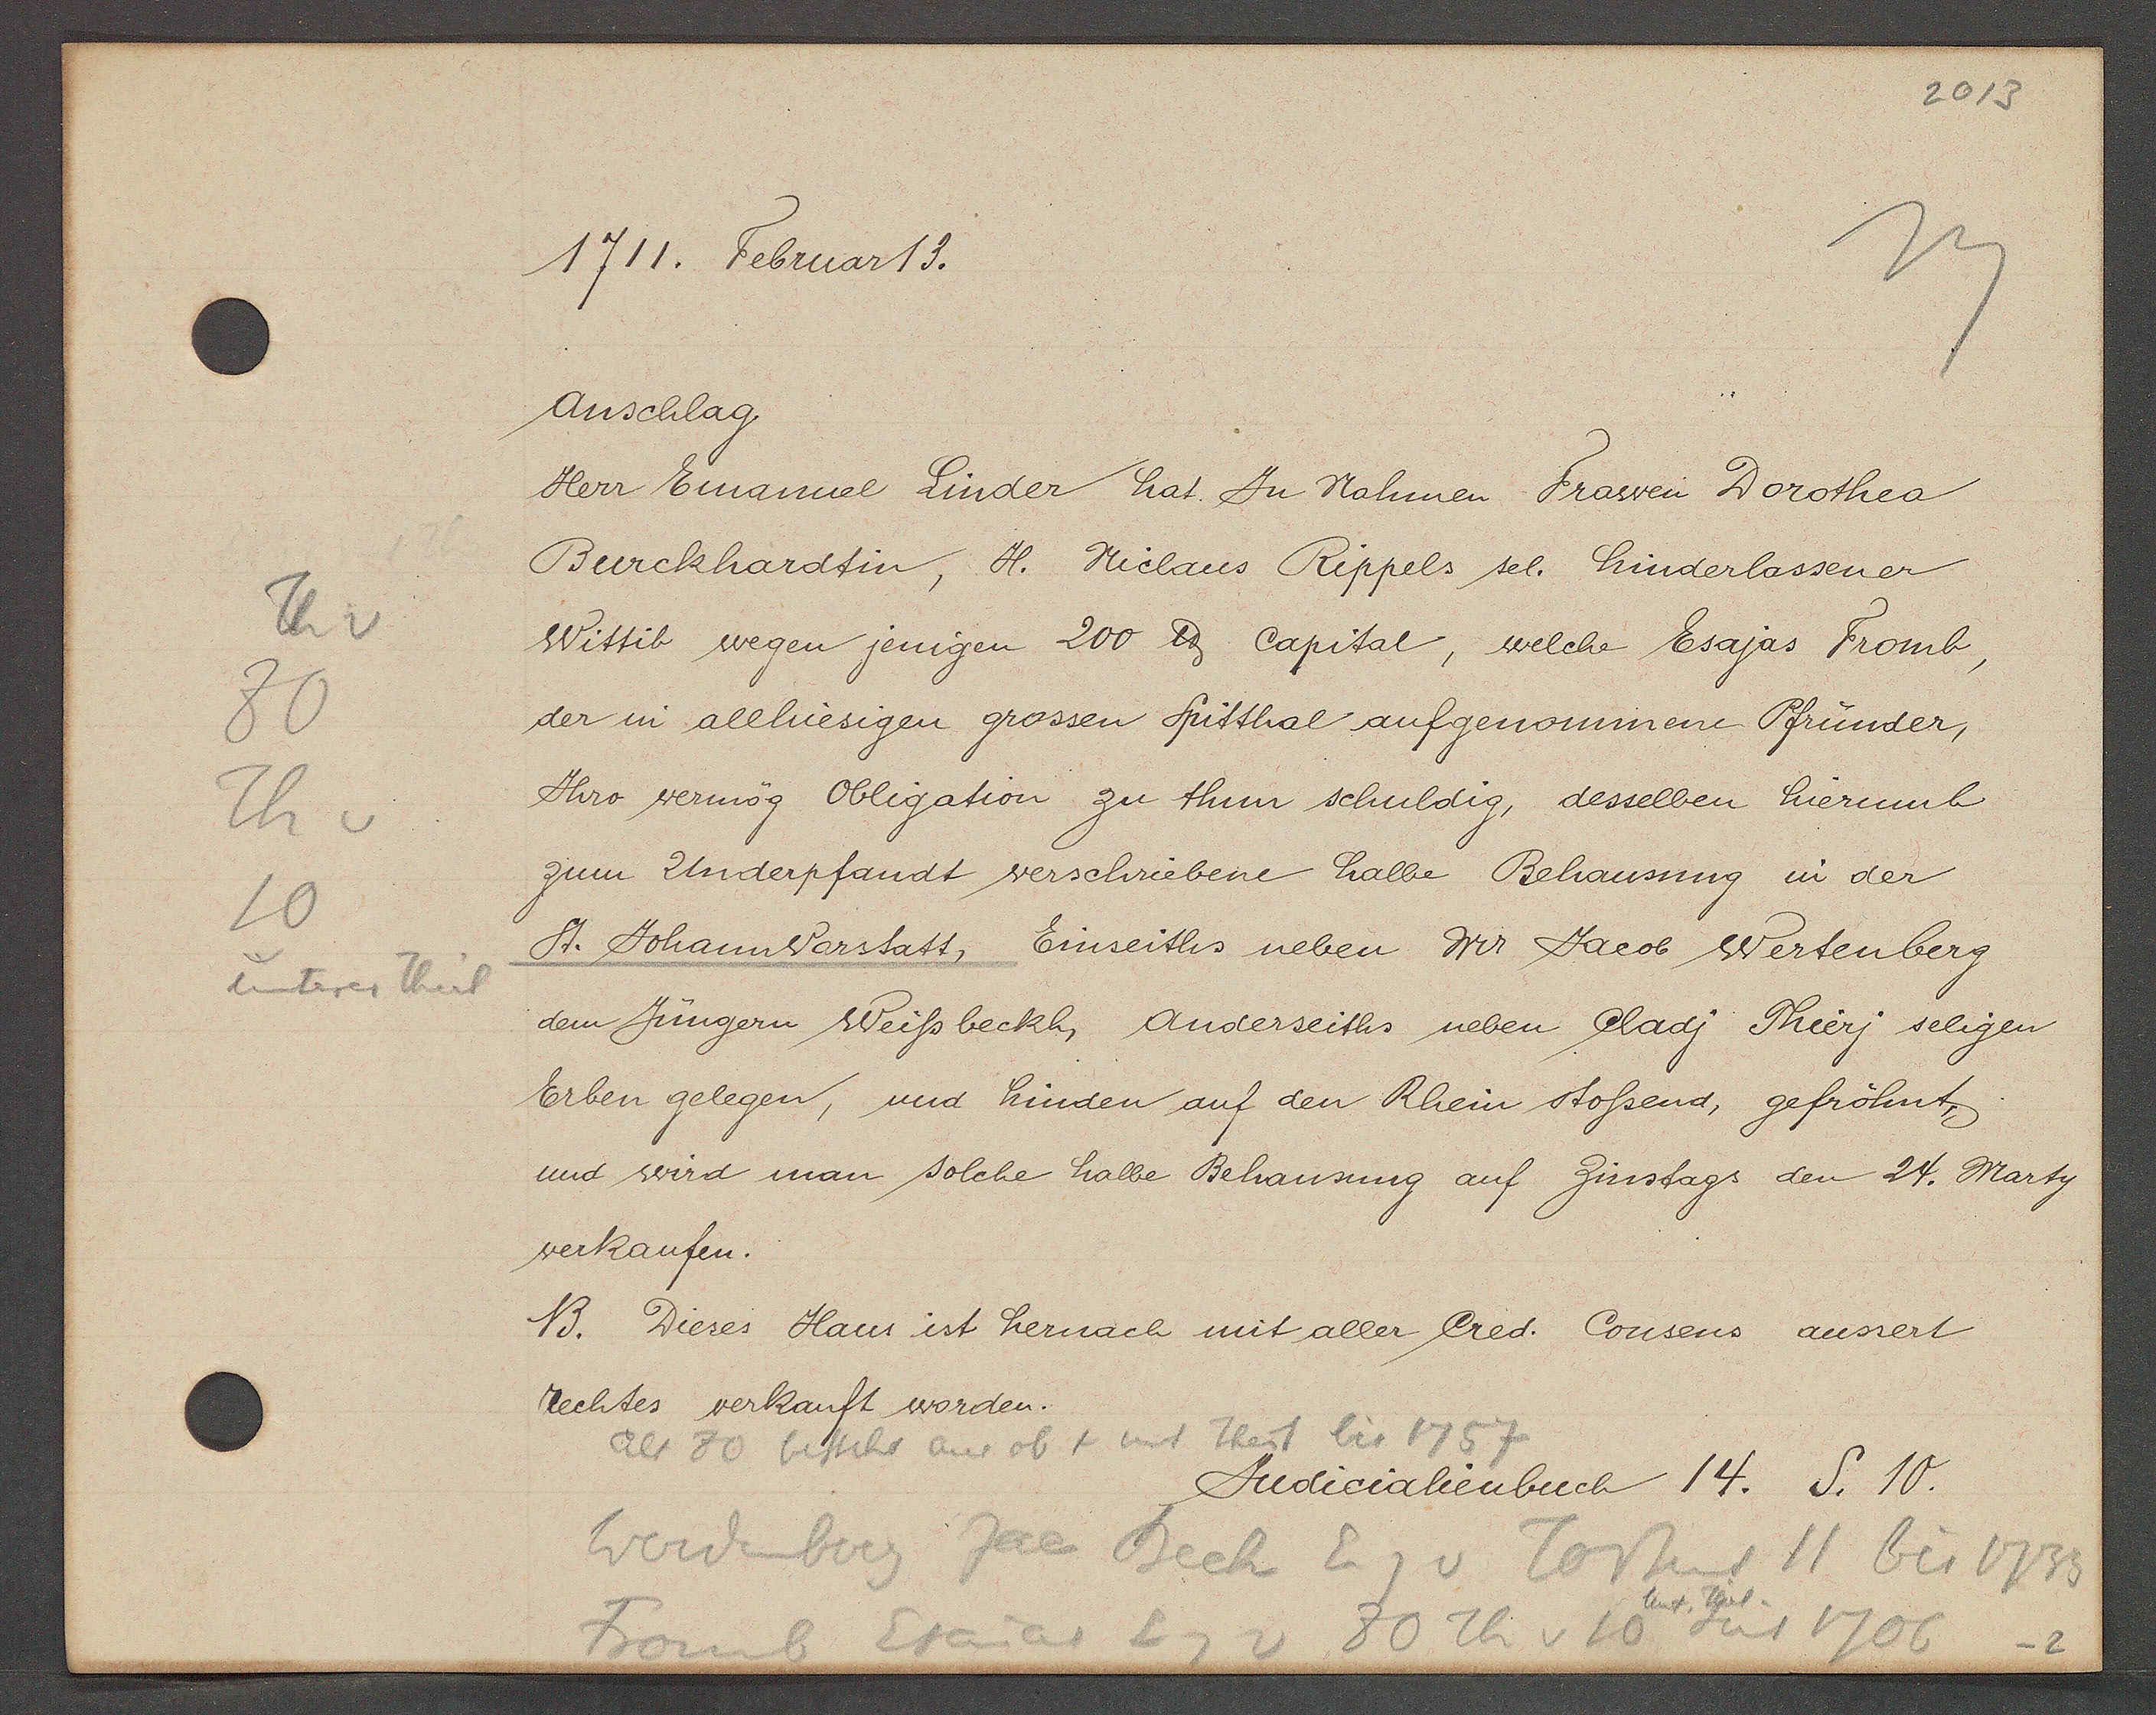
Transcript:
Th v
80
Th v
10
unterer Theil

1711. Februar 13.

Anschlag.
Herr Emanuel Linder hat Ju Nahmen Frawen Dorothea
Burckhardtin, H. Niclaus Rippels sel. hinderlassener
Wittib wegen jenigen 200 ℔ Capital, welche Esajas Fromb,
der in allhiesigen grossen Spitthal aufgenommene Pfründer,
Ihro vermög Obligation zu thun schuldig, desselben hierumb
zum Underpfandt verschriebene halbe Behausung in der
St. Johannvorstatt, Einseiths neben Mr. Jacob Wertenberg
dem Jüngern Weissbeckh, Anderseiths neben Cladj Thierj seligen
Erben gelegen, und hinden auf den Rhein stossend, gefröhnt
und wird man solche halbe Behausung auf Zinstags den 24. Marty
verkaufen.
13. Dieses Haus ist hernach mit aller Cred. Consens aussert
rechtes verkauft worden.

Judicialienbuch 14. S. 10.

als 80 besteht aus ob + unt Theil bis 1757
Werdenberg Jac Beck Eig v Tottent  11 bis 1733
Fromb Esaias Eig v 80 Th v 10 seit 1706